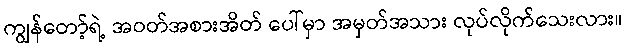
ကျွန်တော့်ရဲ့ အဝတ်အစားအိတ် ပေါ်မှာ အမှတ်အသား လုပ်လိုက်သေးလား။